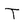
Character: T